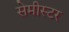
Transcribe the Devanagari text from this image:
सेमीस्टर